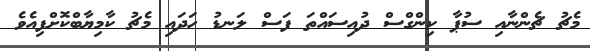
މެޗު ޗެންނާއި ސުޕާ ކިންގްސް ދުއިސައްތަ ފަސް ލަނޑު ހަދައި މެޗު ކާމިޔާބްކޮށްފިއެވެ